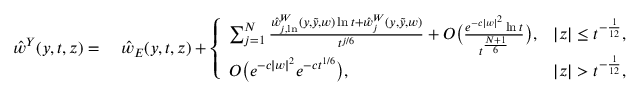
\begin{array} { r l } { \hat { w } ^ { Y } ( y , t , z ) = } & { \; \hat { w } _ { E } ( y , t , z ) + \left\{ \begin{array} { l l } { \sum _ { j = 1 } ^ { N } \frac { \hat { w } _ { j , \ln } ^ { W } ( y , \tilde { y } , w ) \ln { t } + \hat { w } _ { j } ^ { W } ( y , \tilde { y } , w ) } { t ^ { j / 6 } } + O \big ( \frac { e ^ { - c | w | ^ { 2 } } \ln { t } } { t ^ { \frac { N + 1 } { 6 } } } \big ) , } & { | z | \leq t ^ { - \frac { 1 } { 1 2 } } , } \\ { O \big ( e ^ { - c | w | ^ { 2 } } e ^ { - c t ^ { 1 / 6 } } \big ) , } & { | z | > t ^ { - \frac { 1 } { 1 2 } } , } \end{array} \right. } \end{array}